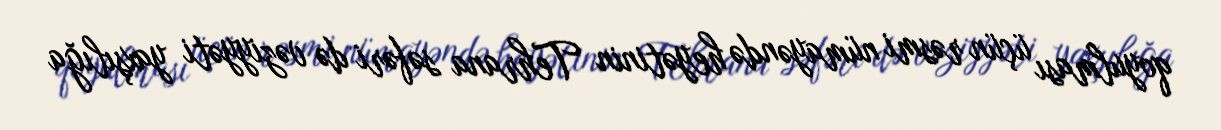
qoyulması üçün rəsmi nümayəndə heyətinin Tehrana səfəri də vəziyyəti yaxşılığa